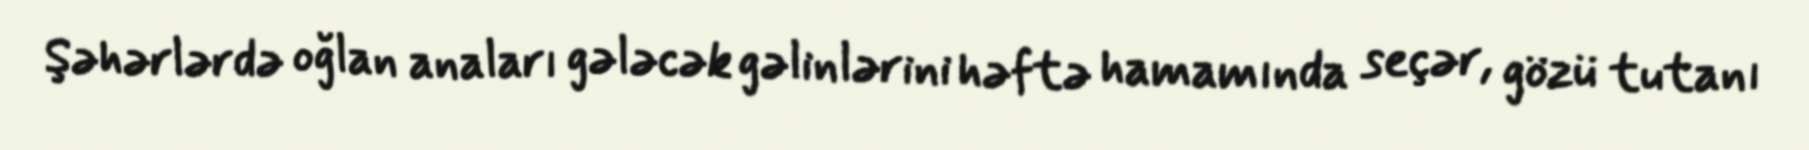
Şəhərlərdə oğlan anaları gələcək gəlinlərini həftə hamamında seçər, gözü tutanı